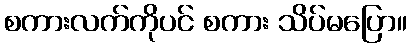
စကားလက်ကိုပင် စကား သိပ်မပြော။